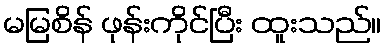
မမြစိန် ဖုန်းကိုင်ပြီး ထူးသည်။